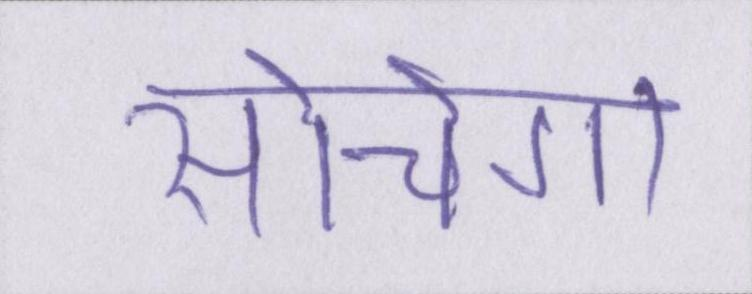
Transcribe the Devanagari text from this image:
सोचेगा